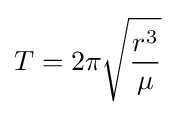
T=2\pi {\sqrt {r^{3} \over {\mu }}}